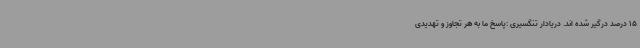
15 درصد درگیر شده اند. دریادار تنگسیری :پاسخ ما به هر تجاوز و تهدیدی